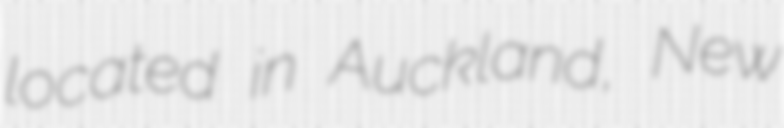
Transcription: located in Auckland, New